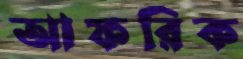
আফরিক